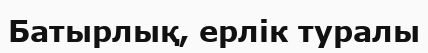
Батырлық, ерлік туралы